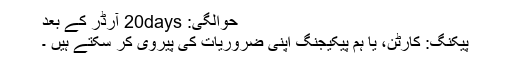
حوالگی: 20days آرڈر کے بعد
پیکنگ: کارٹن، یا ہم پیکیجنگ اپنی ضروریات کی پیروی کر سکتے ہیں ۔